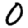
Digit: 0